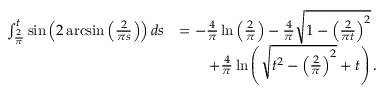
\begin{array} { r l } { \int _ { \frac { 2 } { \pi } } ^ { t } \sin \left( 2 \arcsin \left( \frac { 2 } { \pi s } \right) \right) d s } & { = - \frac { 4 } { \pi } \ln \left( \frac { 2 } { \pi } \right) - \frac { 4 } { \pi } \sqrt { 1 - \left( \frac { 2 } { \pi t } \right) ^ { 2 } } } \\ & { \qquad + \frac { 4 } { \pi } \ln \left( \sqrt { t ^ { 2 } - \left( \frac { 2 } { \pi } \right) ^ { 2 } } + t \right) . } \end{array}